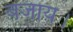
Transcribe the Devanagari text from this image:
बजाय।